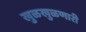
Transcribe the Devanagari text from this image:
खुळखुळणारी